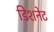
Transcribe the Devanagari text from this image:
डिशनेट